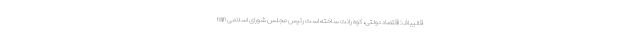
nan قالیباف: اقتصاد دولتی، کوه رانت ساخته است رئیس مجلس شورای اسلامی